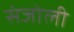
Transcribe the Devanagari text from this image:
संजोली